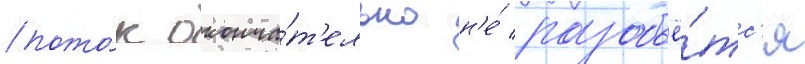
пото́к оконча́т'ельно н'е́ разобьё́тс'я